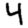
Digit: 4